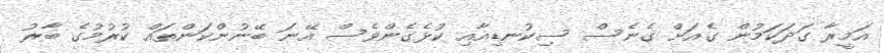
އަމީރާ ގަދަކަމުން ގެއަށް ގެނެސް ސިކުނޑިއާއި ކުޅެގެންވެސް އޭނަ ބޭނުންކަންތައް ކުރުމުގެ ބާރު